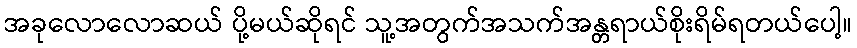
အခုလောလောဆယ် ပို့မယ်ဆိုရင် သူ့အတွက်အသက်အန္တရာယ်စိုးရိမ်ရတယ်ပေါ့။